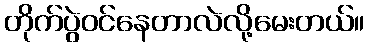
တိုက်ပွဲဝင်နေတာလဲလို့မေးတယ်။